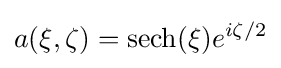
a(\xi ,\zeta )=\operatorname {sech} (\xi )e^{i\zeta /2}